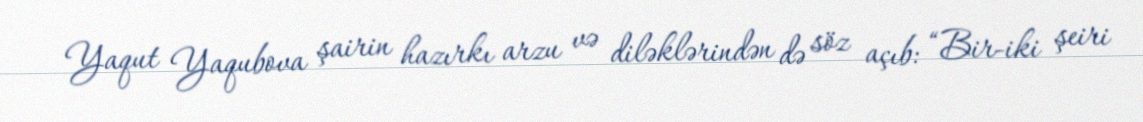
Yaqut Yaqubova şairin hazırkı arzu və diləklərindən də söz açıb: “Bir-iki şeiri